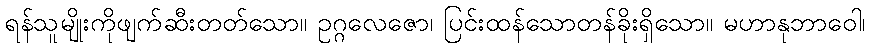
ရန်သူမျိုးကိုဖျက်ဆီးတတ်သော။ ဥဂ္ဂလေဇော၊ ပြင်းထန်သောတန်ခိုးရှိသော။ မဟာနုဘာဝေါ၊